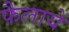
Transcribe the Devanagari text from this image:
फैलायें